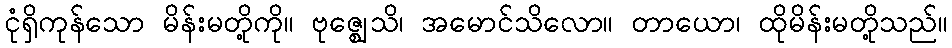
ငုံရှိကုန်သော မိန်းမတို့ကို။ ဗုဇ္ဈေသိ၊ အမောင်သိလော။ တာယော၊ ထိုမိန်းမတို့သည်။